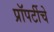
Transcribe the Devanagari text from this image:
प्रॉपर्टीचे